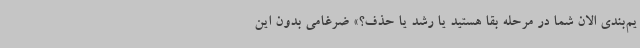
یم‌بندی الان شما در مرحله بقا هستید یا رشد یا حذف؟» ضرغامی بدون این